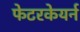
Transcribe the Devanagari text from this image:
फेटरकेयर्न